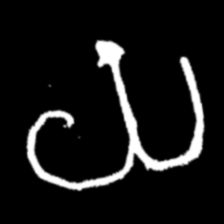
Pyu character \u2014 Myanmar letter: ယ (romanized: ya)